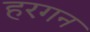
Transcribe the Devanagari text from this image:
हरगन